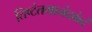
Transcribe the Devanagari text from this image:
तिष्टंतमानंदकंदं